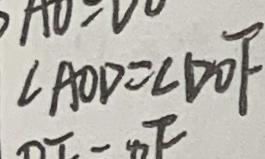
\angle A O D = \angle D O F